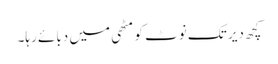
کچھ دیر تک نوٹ کو مٹھی میں دبائے رہا۔